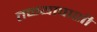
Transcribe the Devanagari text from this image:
तळ्यापाशीं